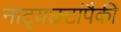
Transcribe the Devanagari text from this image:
नाट्यछटांपैकी